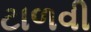
ટાળવી